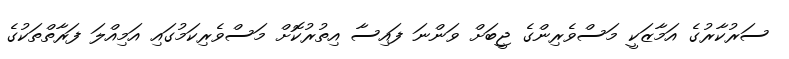
ސަރުކާރުގެ އަމާޒަކީ މަސްވެރިންގެ ޖީބަށް ވަންނަ ފައިސާ އިތުރުކޮށް މަސްވެރިކަމުގައި އަމިއްލަ ފަރާތްތަކުގެ